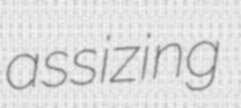
assizing